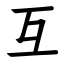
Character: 互